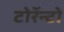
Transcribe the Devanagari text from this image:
टोरॅन्टो